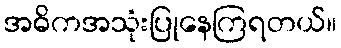
အဓိကအသုံးပြုနေကြရတယ်။